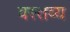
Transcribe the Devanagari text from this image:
वस्तव्य